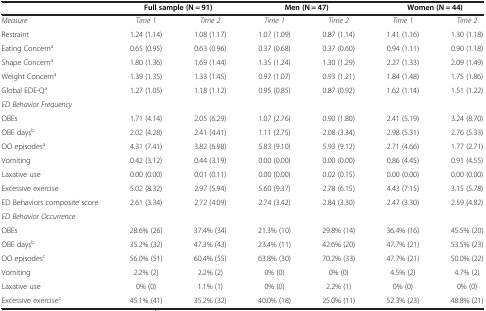
<table><thead><tr><td><b> </b></td><td colspan="2"><b>Full sample (N = 91)</b></td><td colspan="2"><b>Men (N = 47)</b></td><td colspan="2"><b>Women (N = 44)</b></td></tr></thead><tbody><tr><td><i>Measure</i></td><td><i>Time 1</i></td><td><i>Time 2</i></td><td><i>Time 1</i></td><td><i>Time 2</i></td><td><i>Time 1</i></td><td><i>Time 2</i></td></tr><tr><td>Restraint</td><td>1.24 (1.14)</td><td>1.08 (1.17)</td><td>1.07 (1.09)</td><td>0.87 (1.14)</td><td>1.41 (1.16)</td><td>1.30 (1.18)</td></tr><tr><td>Eating Concern<sup>a</sup></td><td>0.65 (0.95)</td><td>0.63 (0.96)</td><td>0.37 (0.68)</td><td>0.37 (0.60)</td><td>0.94 (1.11)</td><td>0.90 (1.18)</td></tr><tr><td>Shape Concern<sup>a</sup></td><td>1.80 (1.36)</td><td>1.69 (1.44)</td><td>1.35 (1.24)</td><td>1.30 (1.29)</td><td>2.27 (1.33)</td><td>2.09 (1.49)</td></tr><tr><td>Weight Concern<sup>a</sup></td><td>1.39 (1.35)</td><td>1.33 (1.45)</td><td>0.97 (1.07)</td><td>0.93 (1.21)</td><td>1.84 (1.48)</td><td>1.75 (1.86)</td></tr><tr><td>Global EDE-Q<sup>a</sup></td><td>1.27 (1.05)</td><td>1.18 (1.12)</td><td>0.95 (0.85)</td><td>0.87 (0.92)</td><td>1.62 (1.14)</td><td>1.51 (1.22)</td></tr><tr><td><i>ED Behavior Frequency</i></td><td> </td><td> </td><td> </td><td> </td><td> </td><td> </td></tr><tr><td>OBEs</td><td>1.71 (4.14)</td><td>2.05 (6.29)</td><td>1.07 (2.76)</td><td>0.90 (1.80)</td><td>2.41 (5.19)</td><td>3.24 (8.70)</td></tr><tr><td>OBE days<sup>b</sup></td><td>2.02 (4.28)</td><td>2.41 (4.41)</td><td>1.11 (2.75)</td><td>2.08 (3.34)</td><td>2.98 (5.31)</td><td>2.76 (5.33)</td></tr><tr><td>OO episodes<sup>a</sup></td><td>4.31 (7.41)</td><td>3.82 (6.98)</td><td>5.83 (9.10)</td><td>5.93 (9.12)</td><td>2.71 (4.66)</td><td>1.77 (2.71)</td></tr><tr><td>Vomiting</td><td>0.42 (3.12)</td><td>0.44 (3.19)</td><td>0.00 (0.00)</td><td>0.00 (0.00)</td><td>0.86 (4.45)</td><td>0.91 (4.55)</td></tr><tr><td>Laxative use</td><td>0.00 (0.00)</td><td>0.01 (0.11)</td><td>0.00 (0.00)</td><td>0.02 (0.15)</td><td>0.00 (0.00)</td><td>0.00 (0.00)</td></tr><tr><td>Excessive exercise</td><td>5.02 (8.32)</td><td>2.97 (5.94)</td><td>5.60 (9.37)</td><td>2.78 (6.15)</td><td>4.43 (7.15)</td><td>3.15 (5.78)</td></tr><tr><td>ED Behaviors composite score</td><td>2.61 (3.34)</td><td>2.72 (4.09)</td><td>2.74 (3.42)</td><td>2.84 (3.30)</td><td>2.47 (3.30)</td><td>2.59 (4.82)</td></tr><tr><td><i>ED Behavior Occurrence</i></td><td> </td><td> </td><td> </td><td> </td><td> </td><td> </td></tr><tr><td>OBEs</td><td>28.6% (26)</td><td>37.4% (34)</td><td>21.3% (10)</td><td>29.8% (14)</td><td>36.4% (16)</td><td>45.5% (20)</td></tr><tr><td>OBE days<sup>b</sup></td><td>35.2% (32)</td><td>47.3% (43)</td><td>23.4% (11)</td><td>42.6% (20)</td><td>47.7% (21)</td><td>53.5% (23)</td></tr><tr><td>OO episodes<sup>c</sup></td><td>56.0% (51)</td><td>60.4% (55)</td><td>63.8% (30)</td><td>70.2% (33)</td><td>47.7% (21)</td><td>50.0% (22)</td></tr><tr><td>Vomiting</td><td>2.2% (2)</td><td>2.2% (2)</td><td>0% (0)</td><td>0% (0)</td><td>4.5% (2)</td><td>4.7% (2)</td></tr><tr><td>Laxative use</td><td>0% (0)</td><td>1.1% (1)</td><td>0% (0)</td><td>2.2% (1)</td><td>0% (0)</td><td>0% (0)</td></tr><tr><td>Excessive exercise<sup>c</sup></td><td>45.1% (41)</td><td>35.2% (32)</td><td>40.0% (18)</td><td>25.0% (11)</td><td>52.3% (23)</td><td>48.8% (21)</td></tr></tbody></table>